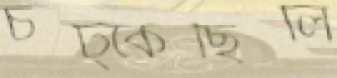
চট্‌কেছিলি